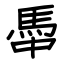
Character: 馽